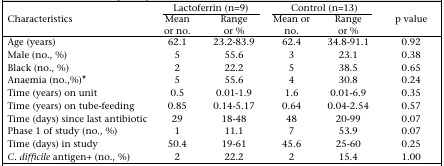
<table><thead><tr><td rowspan="2"><b>Characteristics</b></td><td colspan="2"><b>Lactoferrin (n=9)</b></td><td colspan="2"><b>Control (n=13)</b></td><td rowspan="2"><b>p value</b></td></tr><tr><td><b>Mean or no.</b></td><td><b>Range or %</b></td><td><b>Mean or no.</b></td><td><b>Range or %</b></td></tr></thead><tbody><tr><td>Age (years)</td><td>62.1</td><td>23.2-83.9</td><td>62.4</td><td>34.8-91.1</td><td>0.92</td></tr><tr><td>Male (no., %)</td><td>5</td><td>55.6</td><td>3</td><td>23.1</td><td>0.38</td></tr><tr><td>Black (no., %)</td><td>2</td><td>22.2</td><td>5</td><td>38.5</td><td>0.65</td></tr><tr><td>Anaemia (no.,%)*</td><td>5</td><td>55.6</td><td>4</td><td>30.8</td><td>0.24</td></tr><tr><td>Time (years) on unit</td><td>0.5</td><td>0.01-1.9</td><td>1.6</td><td>0.01-6.9</td><td>0.35</td></tr><tr><td>Time (years) on tube-feeding</td><td>0.85</td><td>0.14-5.17</td><td>0.64</td><td>0.04-2.54</td><td>0.57</td></tr><tr><td>Time (days) since last antibiotic</td><td>29</td><td>18-48</td><td>48</td><td>20-99</td><td>0.07</td></tr><tr><td>Phase 1 of study (no., %)</td><td>1</td><td>11.1</td><td>7</td><td>53.9</td><td>0.07</td></tr><tr><td>Time (days) in study</td><td>50.4</td><td>19-61</td><td>45.6</td><td>25-60</td><td>0.25</td></tr><tr><td><i>C. difficile</i> antigen+ (no., %)</td><td>2</td><td>22.2</td><td>2</td><td>15.4</td><td>1.00</td></tr></tbody></table>